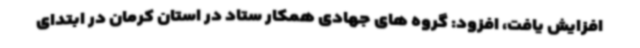
افزایش یافت، افزود: گروه های جهادی همکار ستاد در استان کرمان در ابتدای